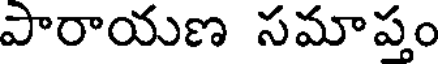
పారాయణ సమాప్తం